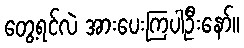
တွေ့ရင်လဲ အားပေးကြပါဦးနော်။